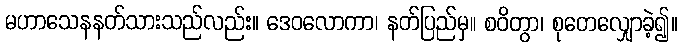
မဟာသေနနတ်သားသည်လည်း။ ဒေဝလောကာ၊ နတ်ပြည်မှ။ စဝိတွာ၊ စုတေလျှောခဲ့၍။